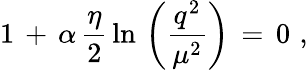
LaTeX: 1\, +\, \alpha\, \frac{\eta}{2}\, \ln\, \left(\frac{q^{2}}{\mu^{2}}\right)\, =\, 0\, \, ,